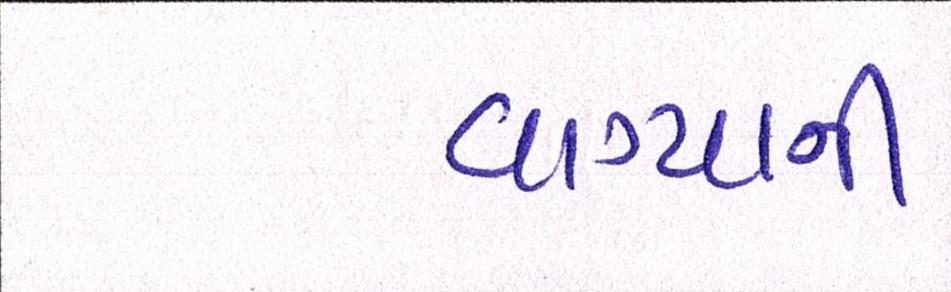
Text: વાગ્યાની